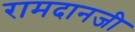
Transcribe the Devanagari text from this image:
रामदानजी